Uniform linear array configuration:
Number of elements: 4
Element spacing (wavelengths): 0.5
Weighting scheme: blackman
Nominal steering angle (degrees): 30
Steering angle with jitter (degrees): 31.271
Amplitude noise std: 0.05
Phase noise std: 0.05

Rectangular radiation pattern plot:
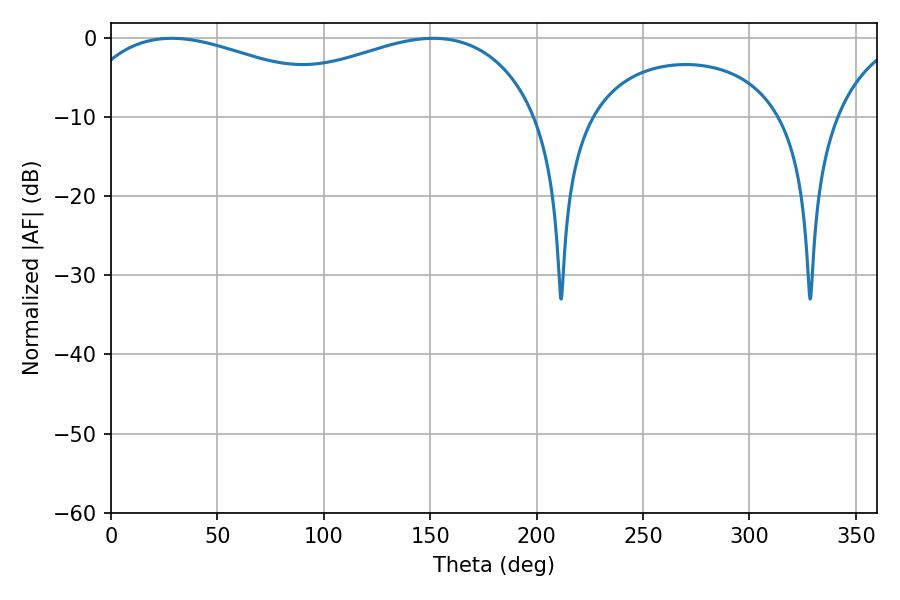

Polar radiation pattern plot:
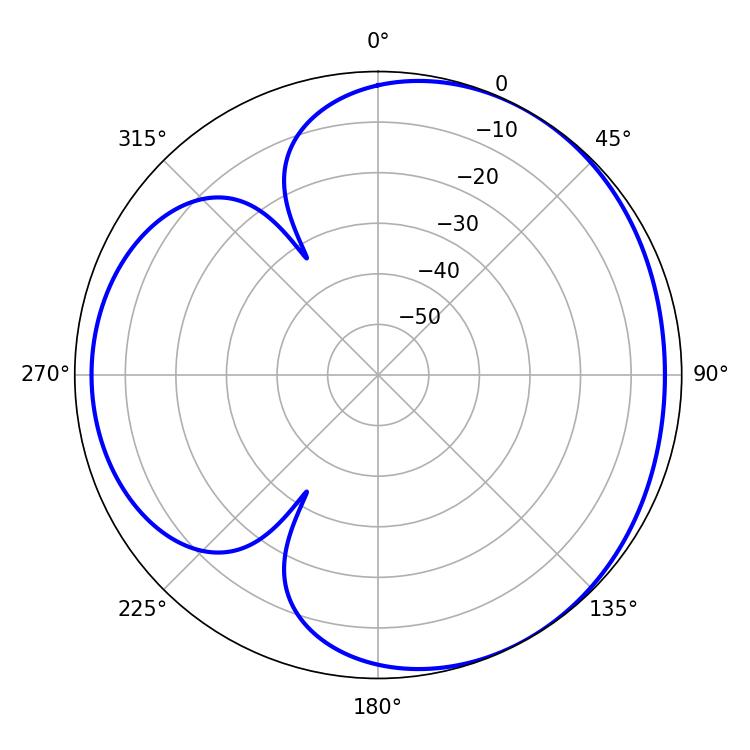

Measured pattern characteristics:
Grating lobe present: FALSE
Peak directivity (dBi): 3.509
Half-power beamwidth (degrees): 77.94
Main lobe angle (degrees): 28.62